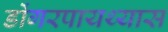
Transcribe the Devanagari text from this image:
डोंगरपायथ्यास